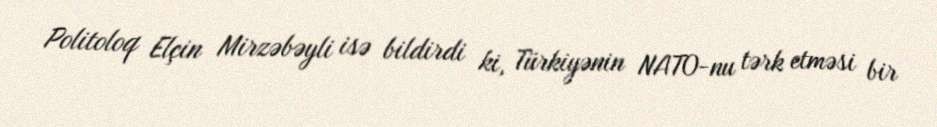
Politoloq Elçin Mirzəbəyli isə bildirdi ki, Türkiyənin NATO-nu tərk etməsi bir